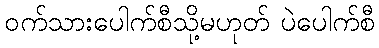
ဝက်သားပေါက်စီသို့မဟုတ် ပဲပေါက်စီ